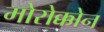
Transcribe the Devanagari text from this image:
मोरोक्कोन